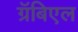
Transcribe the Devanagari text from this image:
ग्रॅबिएल